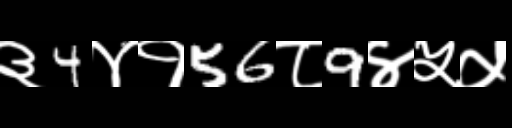
Text: ३4४१56८9४५५